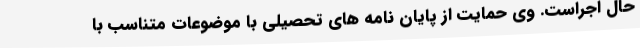
حال اجراست. وی حمایت از پایان نامه های تحصیلی با موضوعات متناسب با